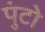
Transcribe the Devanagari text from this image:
पुंटो